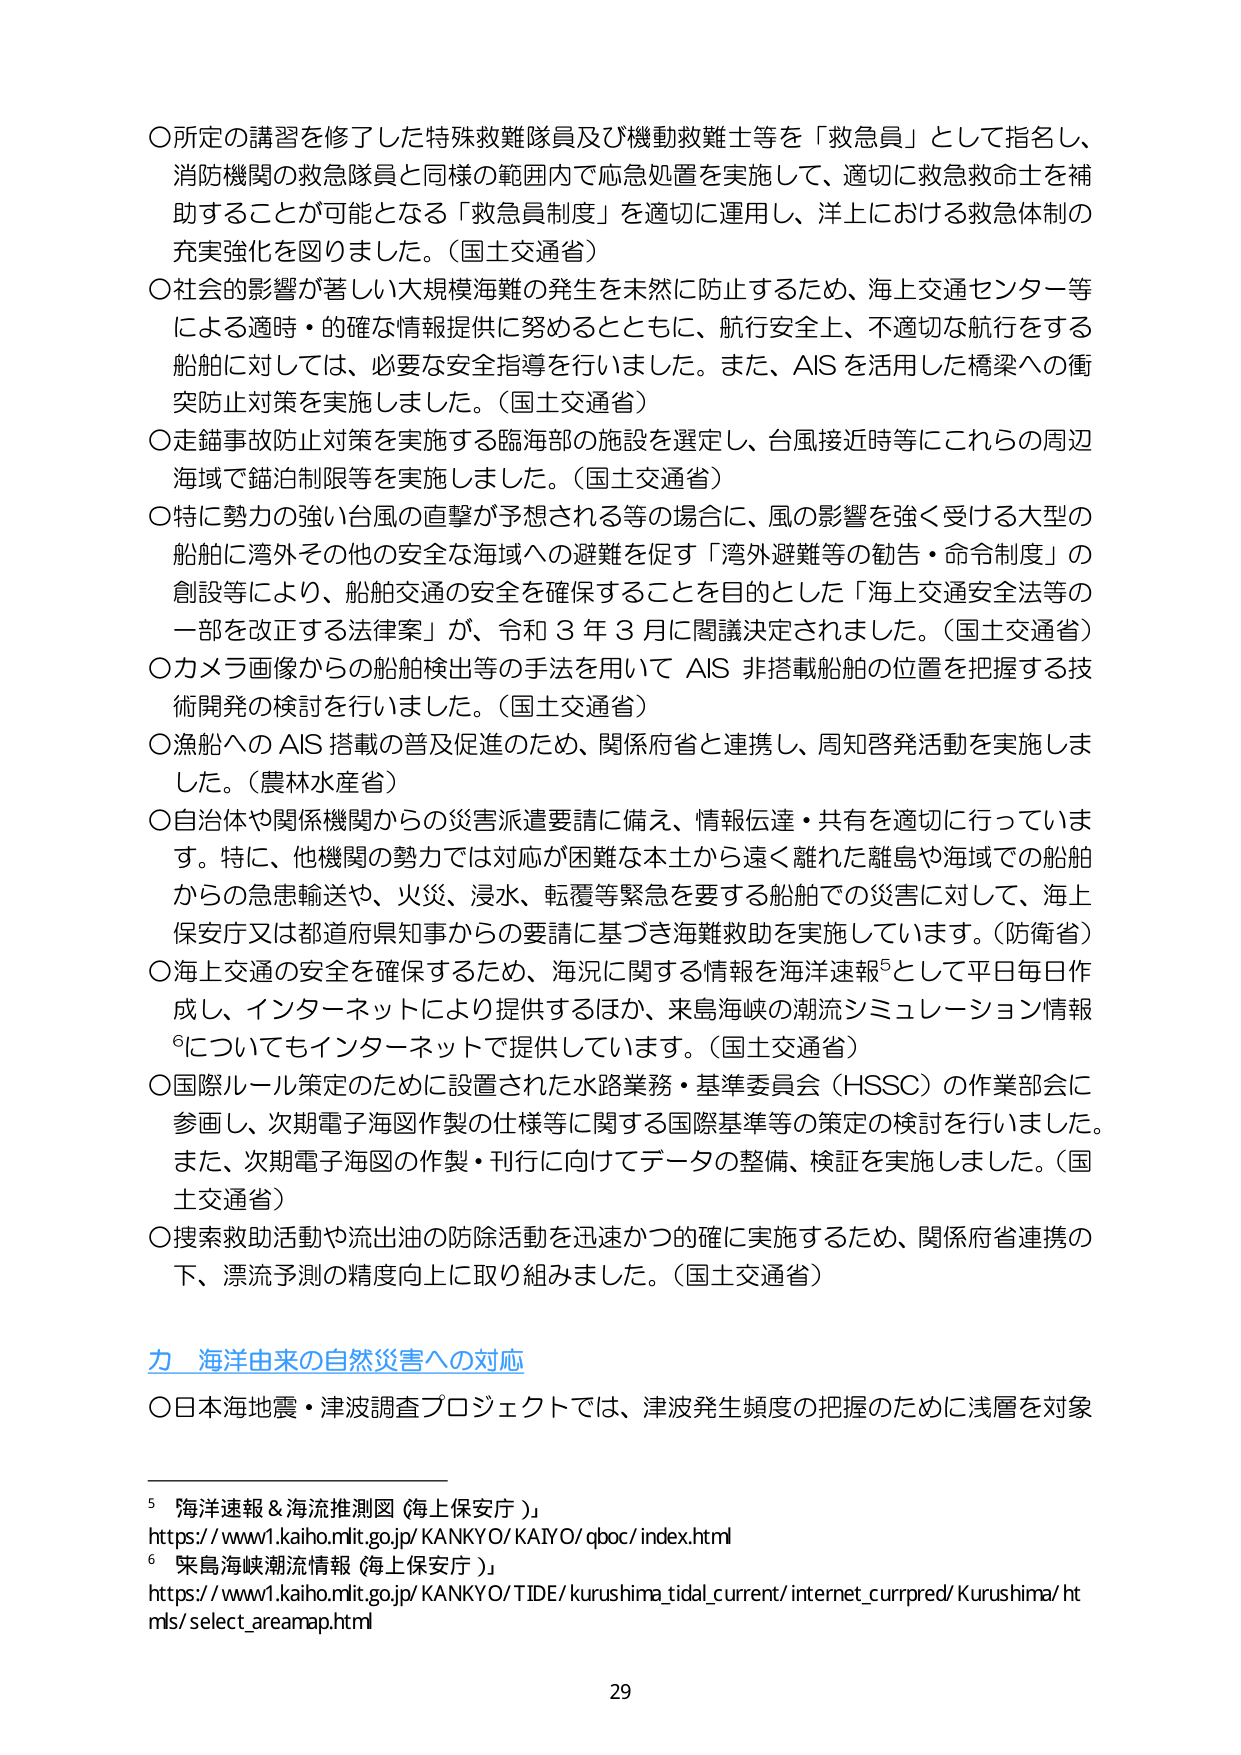
〇所定の講習を修了した特殊救難隊員及び機動救難士等を「救急員」として指名し、
消防機関の救急隊員と同様の範囲内で応急処置を実施して、適切に救急救命士を補
助することが可能となる「救急員制度」を適切に運用し、洋上における救急体制の
充実強化を図りました。（国土交通省）

〇社会的影響が著しい大規模海難の発生を未然に防止するため、海上交通センター等
による適時・的確な情報提供に努めるとともに、航行安全上、不適切な航行をする
船舶に対しては、必要な安全指導を行いました。また、AIS を活用した橋梁への衝
突防止対策を実施しました。（国土交通省）

〇走錨事故防止対策を実施する臨海部の施設を選定し、台風接近時等にこれらの周辺
海域で錨泊制限等を実施しました。（国土交通省）

〇特に勢力の強い台風の直撃が予想される等の場合に、風の影響を強く受ける大型の
船舶に湾外その他の安全な海域への避難を促す「湾外避難等の勧告・命令制度」の
創設等により、船舶交通の安全を確保することを目的とした「海上交通安全法等の
一部を改正する法律案」が、令和３年３月に閣議決定されました。（国土交通省）

〇カメラ画像からの船舶検出等の手法を用いて AIS 非搭載船舶の位置を把握する技
術開発の検討を行いました。（国土交通省）

〇漁船への AIS 搭載の普及促進のため、関係府省と連携し、周知啓発活動を実施しま
した。（農林水産省）

〇自治体や関係機関からの災害派遣要請に備え、情報伝達・共有を適切に行っていま
す。特に、他機関の勢力では対応が困難な本土から遠く離れた離島や海域での船舶
からの急患輸送や、火災、浸水、転覆等緊急を要する船舶での災害に対して、海上
保安庁又は都道府県知事からの要請に基づき海難救助を実施しています。（防衛省）

〇海上交通の安全を確保するため、海況に関する情報を海洋速報⁵として平日毎日作
成し、インターネットにより提供するほか、来島海峡の潮流シミュレーション情報
⁶についてもインターネットで提供しています。（国土交通省）

〇国際ルール策定のために設置された水路業務・基準委員会（HSSC）の作業部会に
参画し、次期電子海図作製の仕様等に関する国際基準等の策定の検討を行いました。
また、次期電子海図の作製・刊行に向けてデータの整備、検証を実施しました。（国
土交通省）

〇捜索救助活動や流出油の防除活動を迅速かつ的確に実施するため、関係府省連携の
下、漂流予測の精度向上に取り組みました。（国土交通省）

**力 海洋由来の自然災害への対応**

〇日本海地震・津波調査プロジェクトでは、津波発生頻度の把握のために浅層を対象

⁵「海洋速報＆海流推測図（海上保安庁）」
https://www1.kaiho.mlit.go.jp/KANKYO/KAIVO/qboc/index.html

⁶「来島海峡潮流情報（海上保安庁）」
https://www1.kaiho.mlit.go.jp/KANKYO/TIDE/kurushima_tidal_current/internet_currpred/Kurushima/htmls/select_areamap.html

29